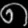
Digit: ၈